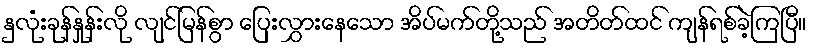
နှလုံးခုန်နှုန်းလို လျင်မြန်စွာ ပြေးလွှားနေသော အိပ်မက်တို့သည် အတိတ်ထင် ကျန်ရစ်ခဲ့ကြပြီ။